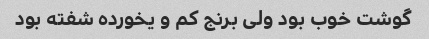
گوشت خوب بود ولی برنج کم و یخورده شفته بود